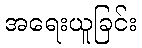
အရေးယူခြင်း